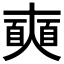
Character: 𡚐